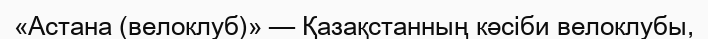
«Астана (велоклуб)» — Қазақстанның кәсіби велоклубы,